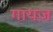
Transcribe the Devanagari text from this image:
गायज़